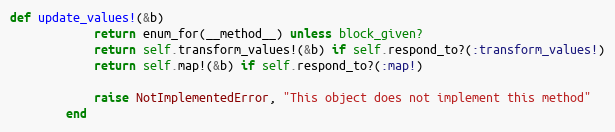
Language: Ruby
def update_values!(&b)
            return enum_for(__method__) unless block_given?
            return self.transform_values!(&b) if self.respond_to?(:transform_values!)
            return self.map!(&b) if self.respond_to?(:map!)

            raise NotImplementedError, "This object does not implement this method"
        end